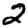
Digit: 2